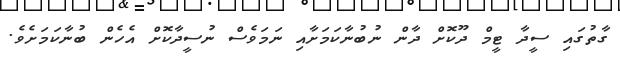
ގާތުގައި ސީދާ ޓީމް ދޫކޮށް ދާން ނުބުނާކަމަށާއި ނަމަވެސް ނުސީދާކޮށް އެހެން ބުނާކަމަށެވެ.